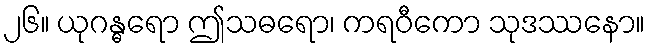
၂၆။ ယုဂန္ဓရော ဤသဓရော၊ ကရဝီကော သုဒဿနော။